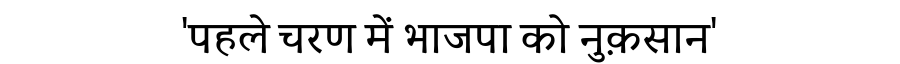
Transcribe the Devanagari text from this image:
'पहले चरण में भाजपा को नुक़सान'